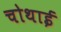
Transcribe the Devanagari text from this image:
चोथाई